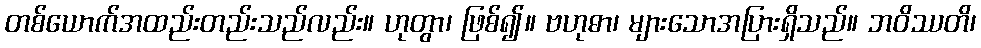
တစ်ယောက်အထည်းတည်းသည်လည်း။ ဟုတွာ၊ ဖြစ်၍။ ဗဟုဓာ၊ များသောအပြားရှိသည်။ ဘဝိဿတိ၊